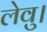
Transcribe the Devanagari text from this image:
लेवु।